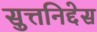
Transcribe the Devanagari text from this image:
सुत्तनिद्देस